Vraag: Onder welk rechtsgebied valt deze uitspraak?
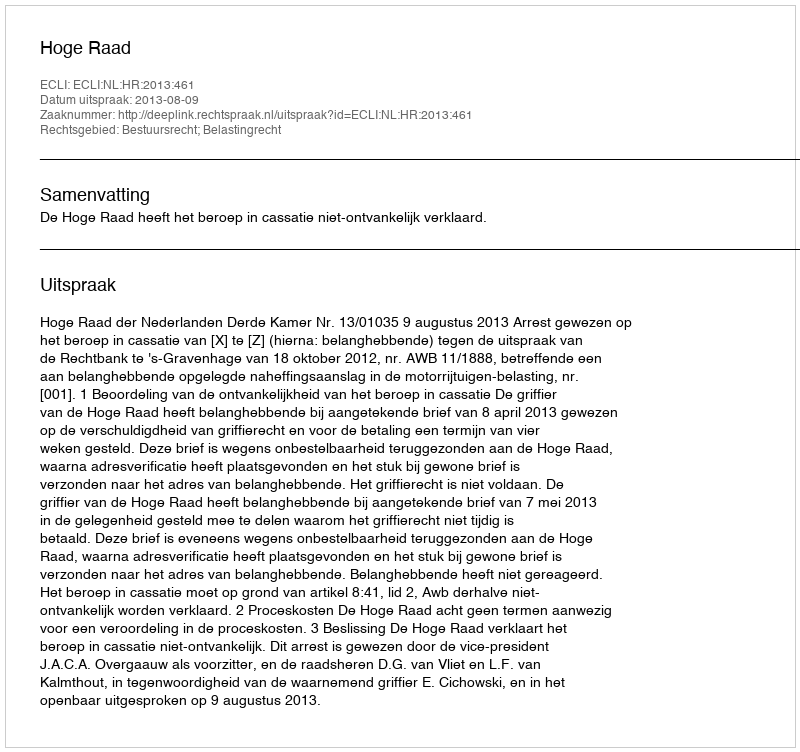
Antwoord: Bestuursrecht; Belastingrecht